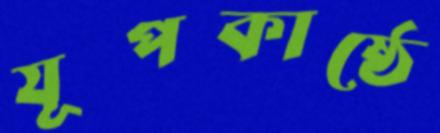
যূপকাষ্ঠে